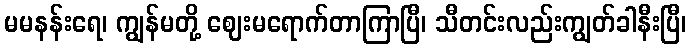
မမနန်းရေ၊ ကျွန်မတို့ ဈေးမရောက်တာကြာပြီ၊ သီတင်းလည်းကျွတ်ခါနီးပြီ၊